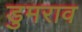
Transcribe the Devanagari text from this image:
डुमराव